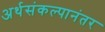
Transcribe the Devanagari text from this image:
अर्थसंकल्पानंतर